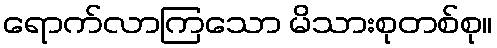
ရောက်လာကြသော မိသားစုတစ်စု။